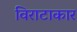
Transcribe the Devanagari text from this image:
विराटाकार